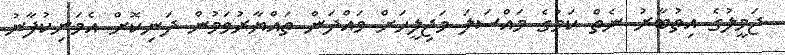
ޖަމީލުގެ އިތުބާރު ނެތް ކަމުގެ މައްސަލަ މަޖިލީހަށް ވައްދަން ތައްޔާރުވަމުން ދަނިކޮށް އެމަނިކުފާނު